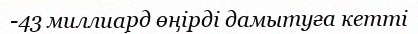
-43 миллиард өңірді дамытуға кетті